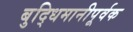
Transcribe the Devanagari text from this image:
बुद्धिमानीपूर्वक